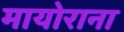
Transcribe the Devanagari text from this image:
मायोराना